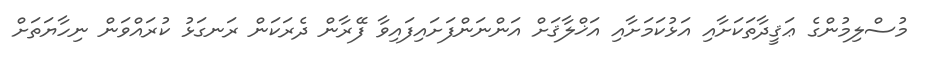
މުސްލިމުންގެ ޢަޤީދާތަކަށާއި އަޅުކަމަށާއި އަޚްލާޤަށް އަންނަންފަށައިފައިވާ ފޭރާން ދެރަކަން ރަނގަޅު ކުރައްވަން ނިހާޔަތަށް